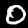
Label: 0